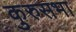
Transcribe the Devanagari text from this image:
कुरुसभा